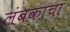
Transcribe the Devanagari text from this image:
लंबकाचा